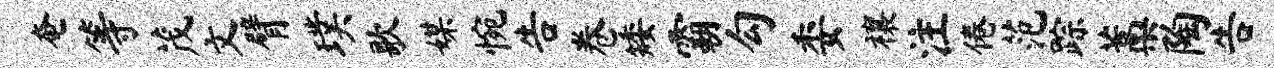
奄等茂文臂璞歌媒惋告卷矮霸勾委禳注倦范踪藁陶告